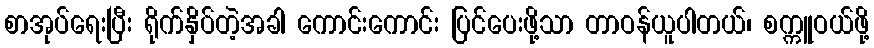
စာအုပ်ရေးပြီး ရိုက်နှိပ်တဲ့အခါ ကောင်းကောင်း ပြင်ပေးဖို့သာ တာဝန်ယူပါတယ်၊ စက္ကူဝယ်ဖို့